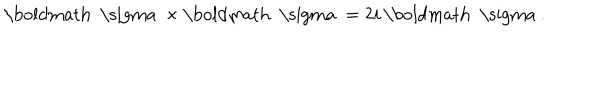
LaTeX: { \mathrm { \boldmath ~ \ s i g m a ~ } } \times { \mathrm { \boldmath ~ \ s i g m a ~ } } = 2 i \, { \mathrm { \boldmath ~ \ s i g m a ~ } } .